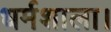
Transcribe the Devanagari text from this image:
धर्मशाला।